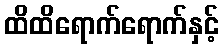
ထိထိရောက်ရောက်နှင့်